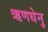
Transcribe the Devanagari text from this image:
ऋणधेनु